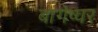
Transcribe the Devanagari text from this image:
बागेष्वर